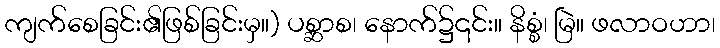
ကျက်စေခြင်း၏ဖြစ်ခြင်းမှ။) ပစ္ဆာစ၊ နောက်၌၎င်း။ နိစ္စံ၊ မြဲ။ ဖလာဝဟာ၊